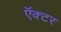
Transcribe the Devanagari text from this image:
ऍक्टर